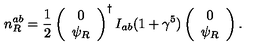
n _ { R } ^ { a b } = \frac 1 2 \left( \begin{array} { c } { 0 } \\ { \psi _ { R } } \\ \end{array} \right) ^ { \dagger } I _ { a b } ( 1 + \gamma ^ { 5 } ) \left( \begin{array} { c } { 0 } \\ { \psi _ { R } } \\ \end{array} \right) .